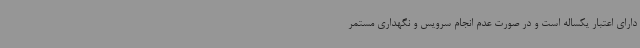
دارای اعتبار یکساله است و در صورت عدم انجام سرویس و نگهداری مستمر